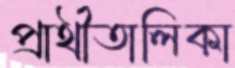
প্রার্থীতালিকা